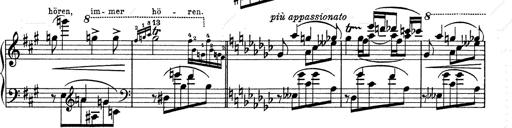
Title: 6 Polish Songs
Composer: Franz Liszt